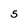
Character: 5